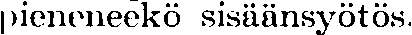
pieneneekö sisäänsyötös.